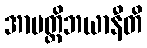
အာပတ္တိဘယာနီတိ